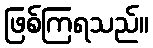
ဖြစ်ကြရသည်။